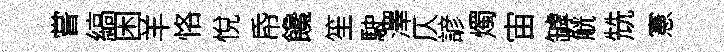
嘗縞困羊恪悅帋饞笙駛澤仄諺燭宙罅觥兟憲